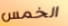
الخمس